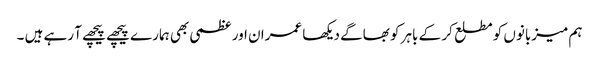
ہم میزبانوں کو مطلع کر کے باہر کو بھاگے دیکھا عمران اور عظمی بھی ہمارے پیچھے پیچھے آ رہے ہیں ۔